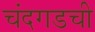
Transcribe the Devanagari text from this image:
चंदगडची